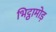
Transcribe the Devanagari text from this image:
भिट्ठामोड़